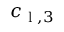
c _ { \textup { l } , 3 }